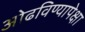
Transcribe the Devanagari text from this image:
ओढविण्यापेक्षा